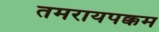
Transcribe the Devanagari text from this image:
तमरायपक्कम